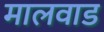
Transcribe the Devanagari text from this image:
मालवाड